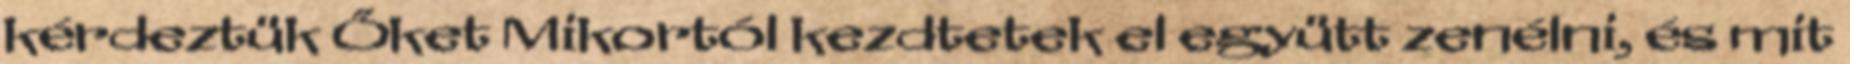
kérdeztük Őket Mikortól kezdtetek el együtt zenélni, és mit